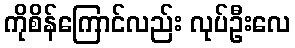
ကိုစိန်ကြောင်လည်း လုပ်ဦးလေ